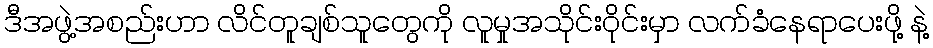
ဒီအဖွဲ့အစည်းဟာ လိင်တူချစ်သူတွေကို လူမှုအသိုင်းဝိုင်းမှာ လက်ခံနေရာပေးဖို့ နဲ့